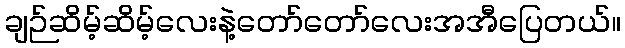
ချဉ်ဆိမ့်ဆိမ့်လေးနဲ့တော်တော်လေးအအီပြေတယ်။